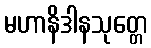
မဟာနိဒါနသုတ္တေ